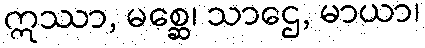
ဣဿာ, မစ္ဆေ၊ သာဌေ, မာယာ၊